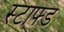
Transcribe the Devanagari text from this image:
स्टाफ्ड